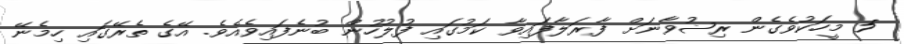
5 މީހަކުވެގެން ރިޟުވާނަށް ފާރަލާފައިވާ ކަމުގައި ފުލުހުން ބުނެފައިވެއެވެ. އޭގެ ތެރޭގައި ހިމެނޭ